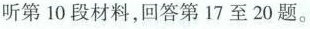
听第 10 段材料,回答第 17 至 20 题.